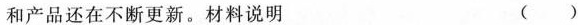
和产品还在不断更新。材料说明 ()